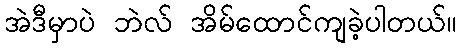
အဲဒီမှာပဲ ဘဲလ် အိမ်ထောင်ကျခဲ့ပါတယ်။